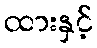
ထားနှင့်